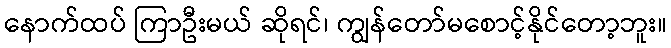
နောက်ထပ် ကြာဦးမယ် ဆိုရင်၊ ကျွန်တော်မစောင့်နိုင်တော့ဘူး။